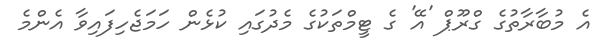
އެ މުބާރާތުގެ ގްރޫޕް 'އޭ' ގެ ޓީމްތަކުގެ މެދުގައި ކުޅެން ހަމަޖެހިފައިވާ އެންމެ